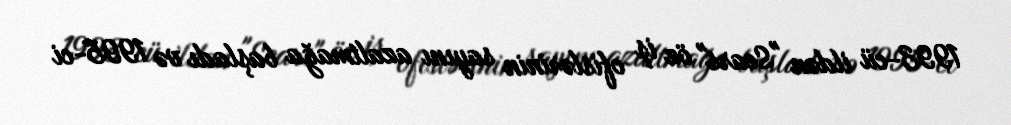
1993-cü ildən "Sears" öz iş ofislərinin sayını azaltmağa başladı və 1995-ci